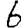
Digit: 6